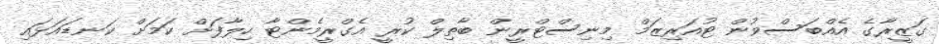
ގަޒީރާގެ އެއްބަސްވުން ޓުއަރިޒަމް މިނިސްޓްރީން ބާތިލް ކުރީ އެގްރީމެންޓާ ހިލާފަށް ކަމަށް ކަނޑައަޅައި